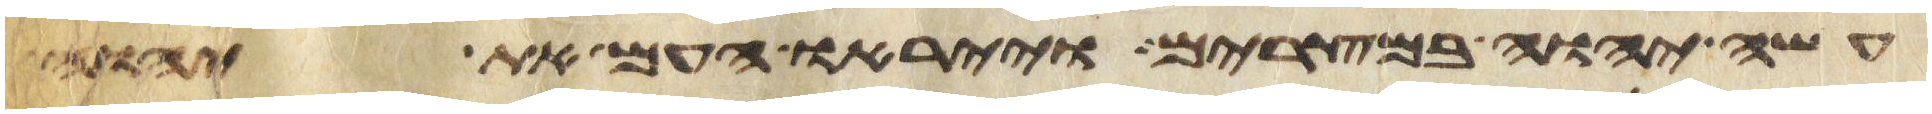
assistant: עשה יהוה במצרים וייראו העם את יהוה